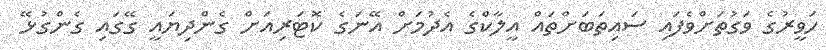
ހަވީރުގެ ވަގުތަށްވެފައި ސައިތަބަށްތައް އީލާކްގެ އެދުމަށް އޭނަގެ ކޮޓަރިއަށް ގެންދިޔައީ ގޭގައި ގެންގުޅޭ